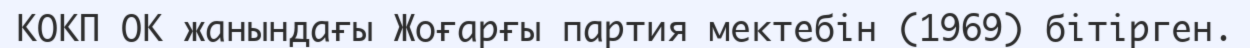
КОКП ОК жанындағы Жоғарғы партия мектебін (1969) бітірген.